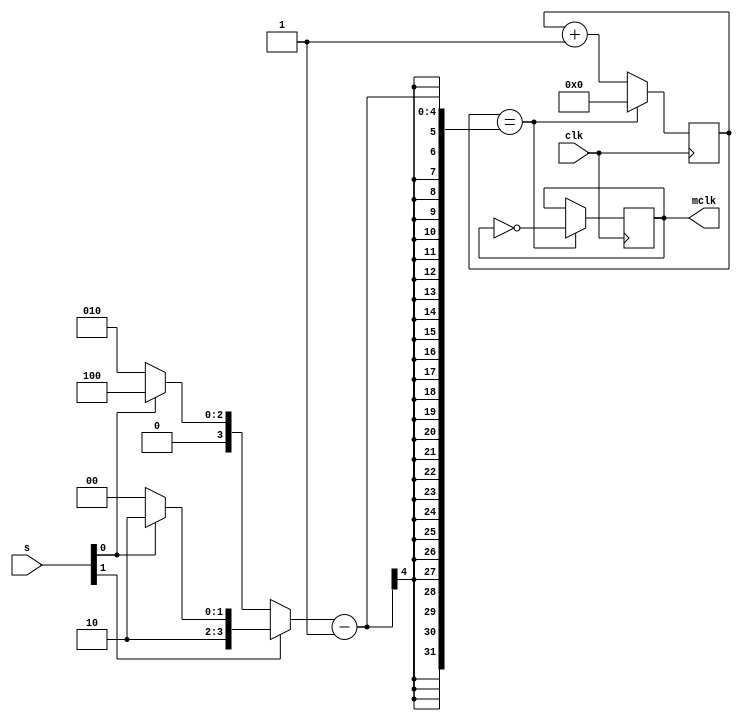
`timescale 1ns / 1ps

module clk_mgmt(
    input clk,
    input [1:0]s,
    output reg mclk = 0
    );
    
 parameter c1 = 2;
 parameter c2 = 4;
 parameter c3 = 8;
 parameter c4 = 10;
 
 reg [31:0] cuenta = 0;
 
 wire [7:0] frec = s[1] ? (s[0] ? c4 : c3) : (s[0] ? c2 : c1);
 
 always @ (posedge clk)
    begin
    if (cuenta == frec - 1) 
        begin 
        cuenta <= 0; 
        mclk <= ~mclk;
        end
    else 
        begin 
        cuenta <= cuenta + 1; 
        end
    end
    
endmodule